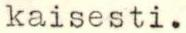
kaisesti.